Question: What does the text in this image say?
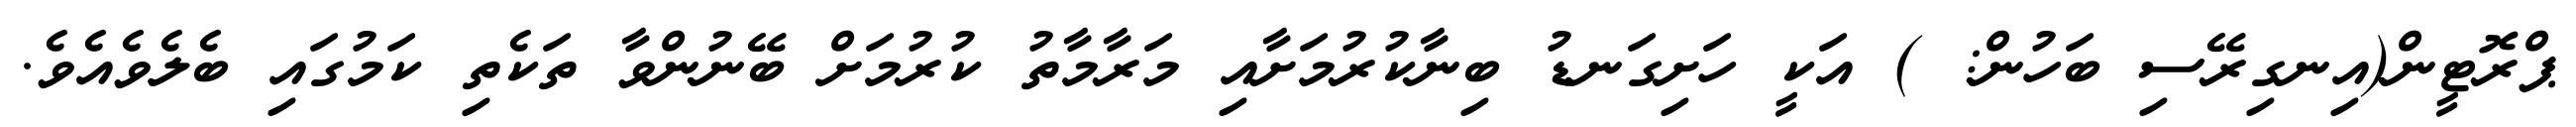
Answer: ޕްރޮޓީން(އިނގިރޭސި ބަހުން: ) އަކީ ހަށިގަނޑު ބިނާކުރުމަށާއި މަރާމާތު ކުރުމަށް ބޭނުންވާ ތަކެތި ކަމުގައި ބެލެވެއެވެ.